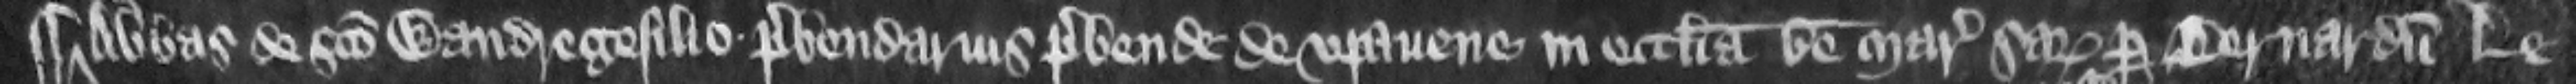
¶ abbas de Sancto Wandregesilio prebendarius prebende de Vpauene in ecclesia beate Marie Saresburiensi per Bernardum Le